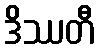
ဒိဿတီ